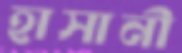
হাসানী